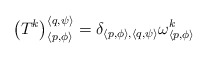
\begin{align*}\left( T^{k}\right) _{\left\langle p,\phi \right\rangle }^{\left\langle q,\psi \right\rangle }=\delta _{\left\langle p,\phi \right\rangle ,\left\langle q,\psi \right\rangle }\omega _{\left\langle p,\phi \right\rangle }^{k}\end{align*}